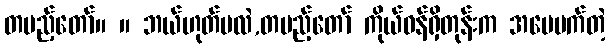
တပည့်တော်။ ။ ဘယ်ဟုတ်မလဲ,တပည့်တော် ကိုယ်ဝန်ရှိတုန်းက အမေမက်တဲ့